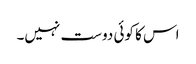
اس کا کوئی دوست نہیں۔